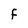
Character: F